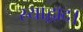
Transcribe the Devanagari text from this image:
स्याद्वाद।